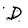
Character: D